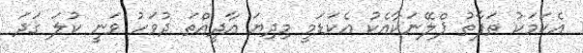
އެކަމަކު ތަފާތު ޕްލޭނަކާއެކު އެކަޑަމީ މިދިޔަ އާދީއްތަ ދުވަހު ވަނީ ކުލަ ގަދަ